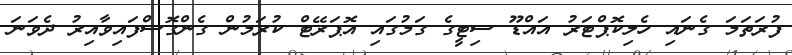
ފުރަތަމަ ގެނައި ހެލިކޮޕްޓަރު އައްޑޫ ސިޓީގެ ގަމުގައި އޮޕަރޭޓް ކުރަމުން ގެންގޮސްފައިވާއިރު ދެވަނަ